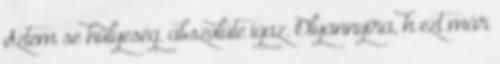
Sztem se hülyeség, abszolúte igaz. Olyannyira, h ezt már